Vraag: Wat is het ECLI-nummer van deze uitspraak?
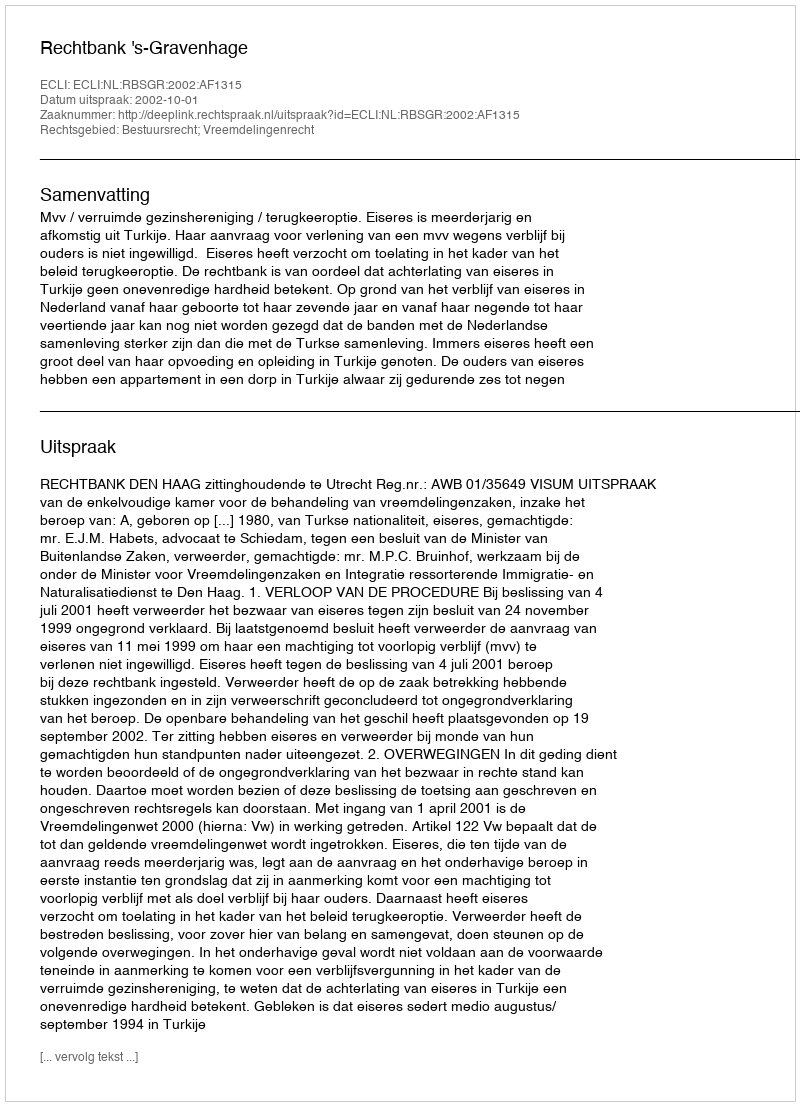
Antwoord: ECLI:NL:RBSGR:2002:AF1315